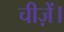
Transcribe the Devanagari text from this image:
चीज़ें।